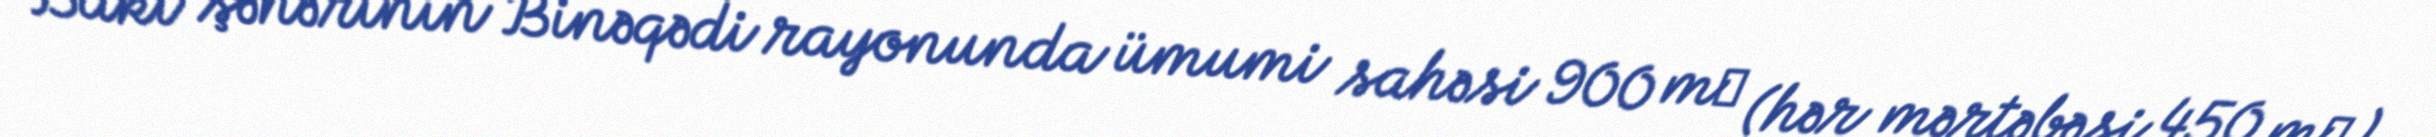
Bakı şəhərinin Binəqədi rayonunda ümumi sahəsi 900 m² (hər mərtəbəsi 450 m²)